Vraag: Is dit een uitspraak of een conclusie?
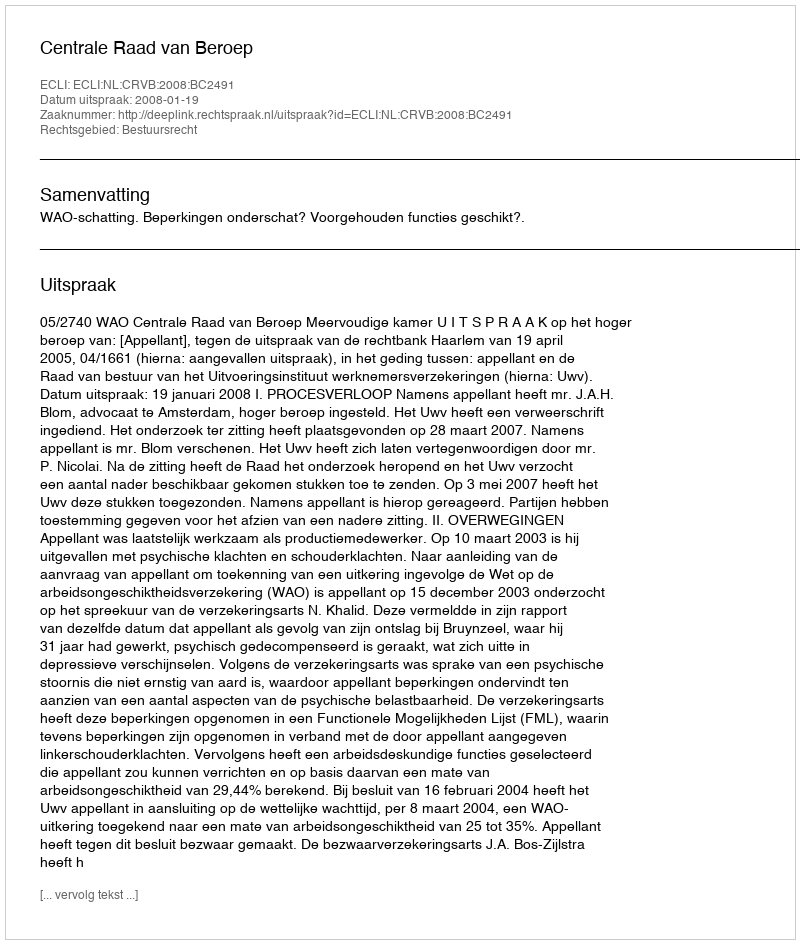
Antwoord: Uitspraak